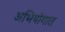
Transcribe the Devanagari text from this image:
अभियोगात